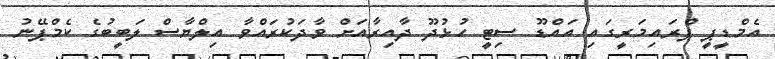
އެމްޑީޕީ ޕްރައިމަރީގައި އައްޑޫ ސިޓީ ހުޅުދޫ ދާއިރާއަށް ވާދަކުރައްވާ އިލްޔާސް ލަބީބުގެ ކެމްޕޭނު